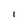
Character: I